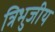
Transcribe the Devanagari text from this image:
त्रिभुजीय